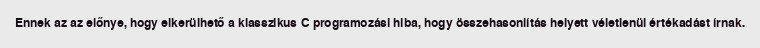
Ennek az az előnye, hogy elkerülhető a klasszikus C programozási hiba, hogy összehasonlítás helyett véletlenül értékadást írnak.